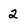
Character: 2